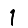
Digit: 1